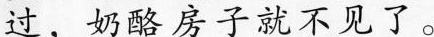
过，奶酪房子就不见了。